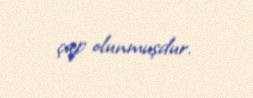
çap olunmuşdur.